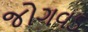
જોગવડ